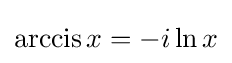
\operatorname {arccis} x=-i\ln x